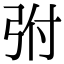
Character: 弣